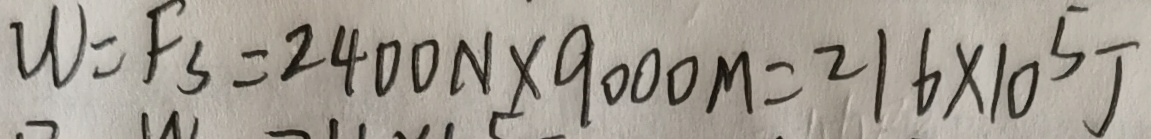
W = F _ { s } = 2 4 0 0 N \times 9 0 0 0 M = 2 1 6 \times 1 0 ^ { 5 } J